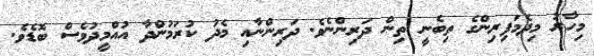
މިހާރު މިދެމަފިރިންގެ ތިބެނީ ތިން ދަރިންނެވެ. ދަރިންނާއި މެދު ކުރަމުންދާ އުއްމީދުވެސް ބޮޑެވެ.